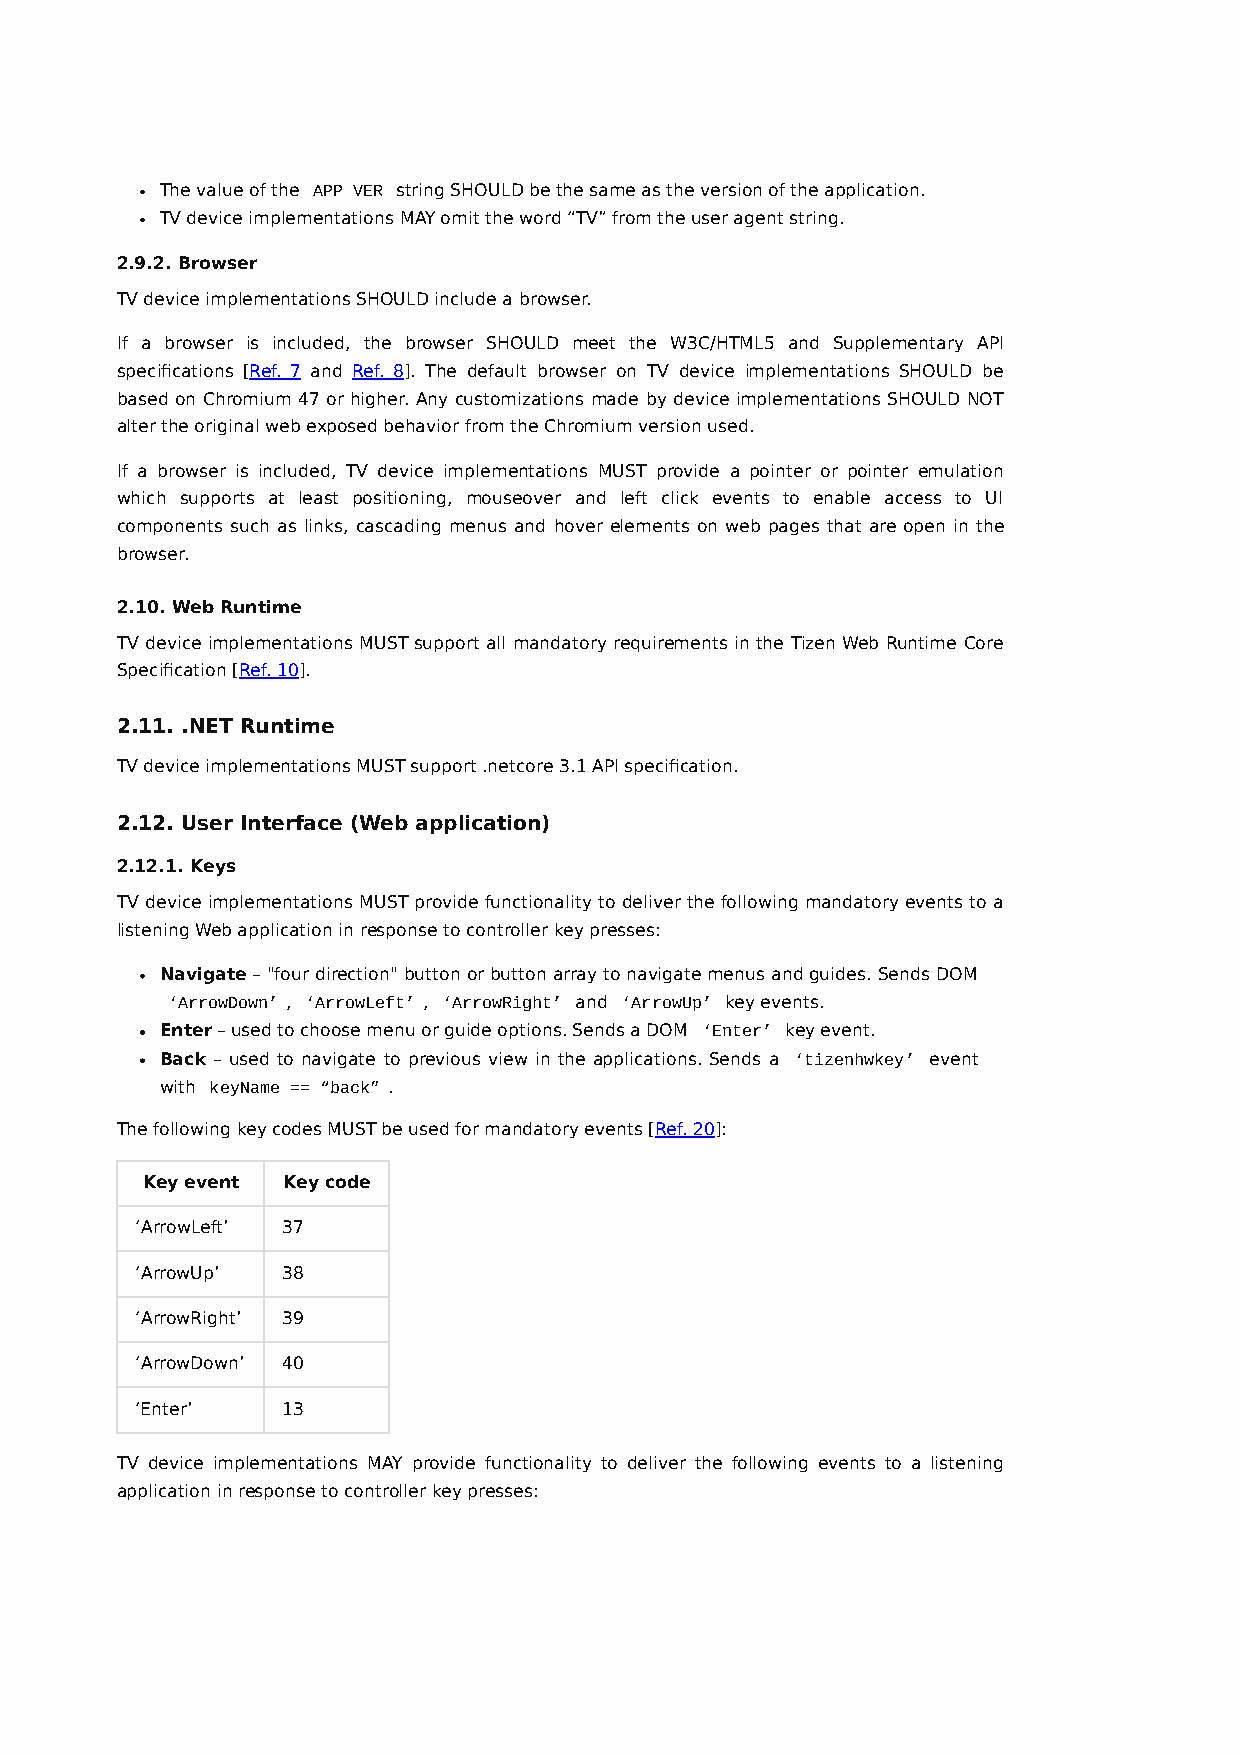
The value of the APP VER string SHOULD be the same as the version of the application.
 TV device implementations MAY omit the word “TV” from the user agent string.
 2.9.2. Browser
 TV device implementations SHOULD include a browser.
 If a browser is included, the browser SHOULD meet the W3C/HTML5 and Supplementary API
 specifications [Ref. 7 and Ref. 8]. The default browser on TV device implementations SHOULD be
 based on Chromium 47 or higher. Any customizations made by device implementations SHOULD NOT
 alter the original web exposed behavior from the Chromium version used.
 If a browser is included, TV device implementations MUST provide a pointer or pointer emulation
 which supports at least positioning, mouseover and left click events to enable access to UI
 components such as links, cascading menus and hover elements on web pages that are open in the
 browser.
 2.10. Web Runtime
 TV device implementations MUST support all mandatory requirements in the Tizen Web Runtime Core
 Specification [Ref. 10].
 2.11. .NET Runtime
 TV device implementations MUST support .netcore 3.1 API specification.
 2.12. User Interface (Web application)
 2.12.1. Keys
 TV device implementations MUST provide functionality to deliver the following mandatory events to a
 listening Web application in response to controller key presses:
 Navigate – "four direction" button or button array to navigate menus and guides. Sends DOM
 ‘ArrowDown’ , ‘ArrowLeft’ , ‘ArrowRight’ and ‘ArrowUp’ key events.
 Enter – used to choose menu or guide options. Sends a DOM ‘Enter’ key event.
 Back – used to navigate to previous view in the applications. Sends a ‘tizenhwkey’ event
 with keyName == “back” .
 The following key codes MUST be used for mandatory events [Ref. 20]:
 Key event Key code
 ‘ArrowLeft’ 37
 ‘ArrowUp’ 38
 ‘ArrowRight’ 39
 ‘ArrowDown’ 40
 ‘Enter’   13
 TV device implementations MAY provide functionality to deliver the following events to a listening
 application in response to controller key presses: